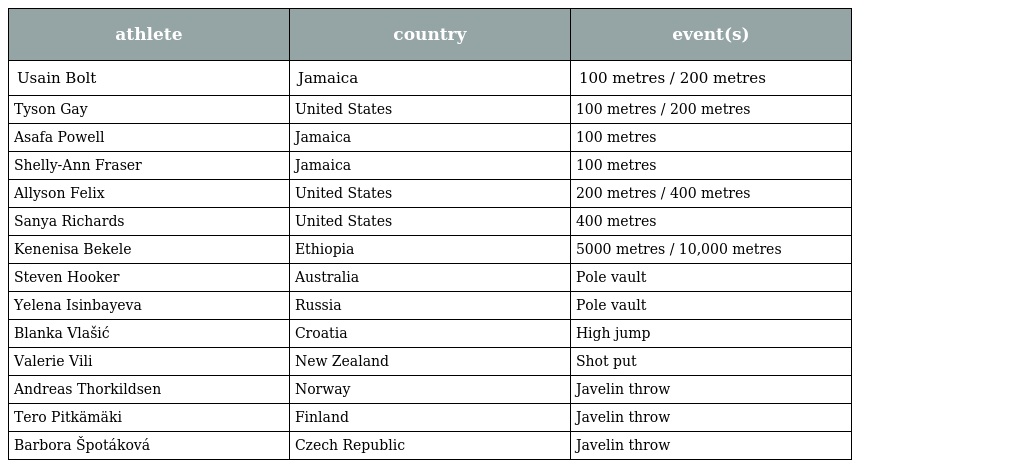
| athlete | country | event(s) |
 | --- | --- | --- |
 | Usain Bolt | Jamaica | 100 metres / 200 metres |
 | Tyson Gay | United States | 100 metres / 200 metres |
 | Asafa Powell | Jamaica | 100 metres |
 | Shelly-Ann Fraser | Jamaica | 100 metres |
 | Allyson Felix | United States | 200 metres / 400 metres |
 | Sanya Richards | United States | 400 metres |
 | Kenenisa Bekele | Ethiopia | 5000 metres / 10,000 metres |
 | Steven Hooker | Australia | Pole vault |
 | Yelena Isinbayeva | Russia | Pole vault |
 | Blanka Vlašić | Croatia | High jump |
 | Valerie Vili | New Zealand | Shot put |
 | Andreas Thorkildsen | Norway | Javelin throw |
 | Tero Pitkämäki | Finland | Javelin throw |
 | Barbora Špotáková | Czech Republic | Javelin throw |